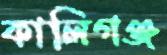
কালিগঞ্জ